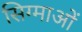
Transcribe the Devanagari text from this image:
सिग्माओं